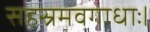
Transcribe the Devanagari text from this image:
सहस्रमवगाधाः।